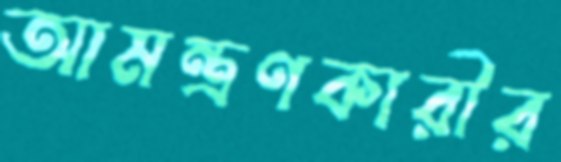
আমন্ত্রণকারীর